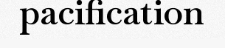
pacification